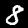
Digit: 8